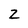
Character: Z